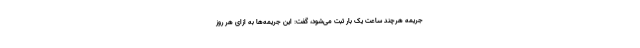
جریمه هرچند ساعت یک بار ثبت می‌شود، گفت: این جریمه‌ها به ازای هر روز